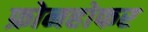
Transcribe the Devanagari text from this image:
फ्रोनहोफर